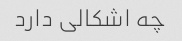
چه اشکالی دارد